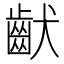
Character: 𱌚